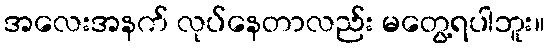
အလေးအနက် လုပ်နေတာလည်း မတွေ့ရပါဘူး။